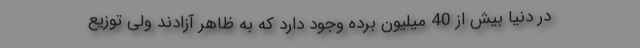
در دنیا بیش از 40 میلیون برده وجود دارد که به ظاهر آزادند ولی توزیع